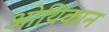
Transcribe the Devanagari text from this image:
ओथिकान